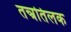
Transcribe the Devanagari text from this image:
तन्त्रतिलक